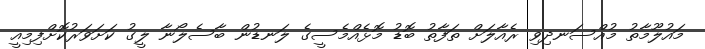
މައުލޫމާތު މުއްސަނދިވި ރެއާލަށް ތަފާތު ބޮޑު މޮޅެއްމެސީގެ ލަނޑުން ބާސެލޯނާ ލީގު ކަށަވަރުކޮށްފިމިއީ